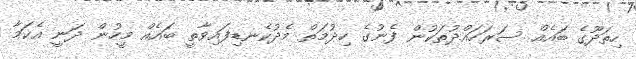
ހިތަދޫގެ ބައެއް ސަރަހައްދުތަކުން ފެނުގެ ހިދުމަތް މެދުކެނޑިފައިވާތީ ބައެއް މީހުން ދަނީ އެކަމާ